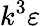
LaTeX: k^{3}\varepsilon